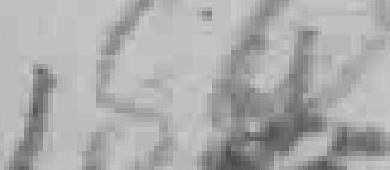
180